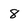
Character: 8